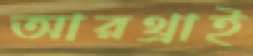
আরথ্রাই